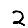
Digit: 2